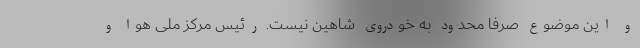
و این موضوع صرفاً محدود به خودروي شاهین نیست. رئیس مرکز ملی هوا و